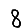
Digit: 8